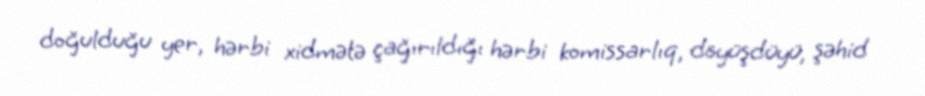
doğulduğu yer, hərbi xidmətə çağırıldığı hərbi komissarlıq, döyüşdüyü, şəhid